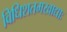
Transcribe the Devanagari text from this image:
विधिशतमखाद्याः